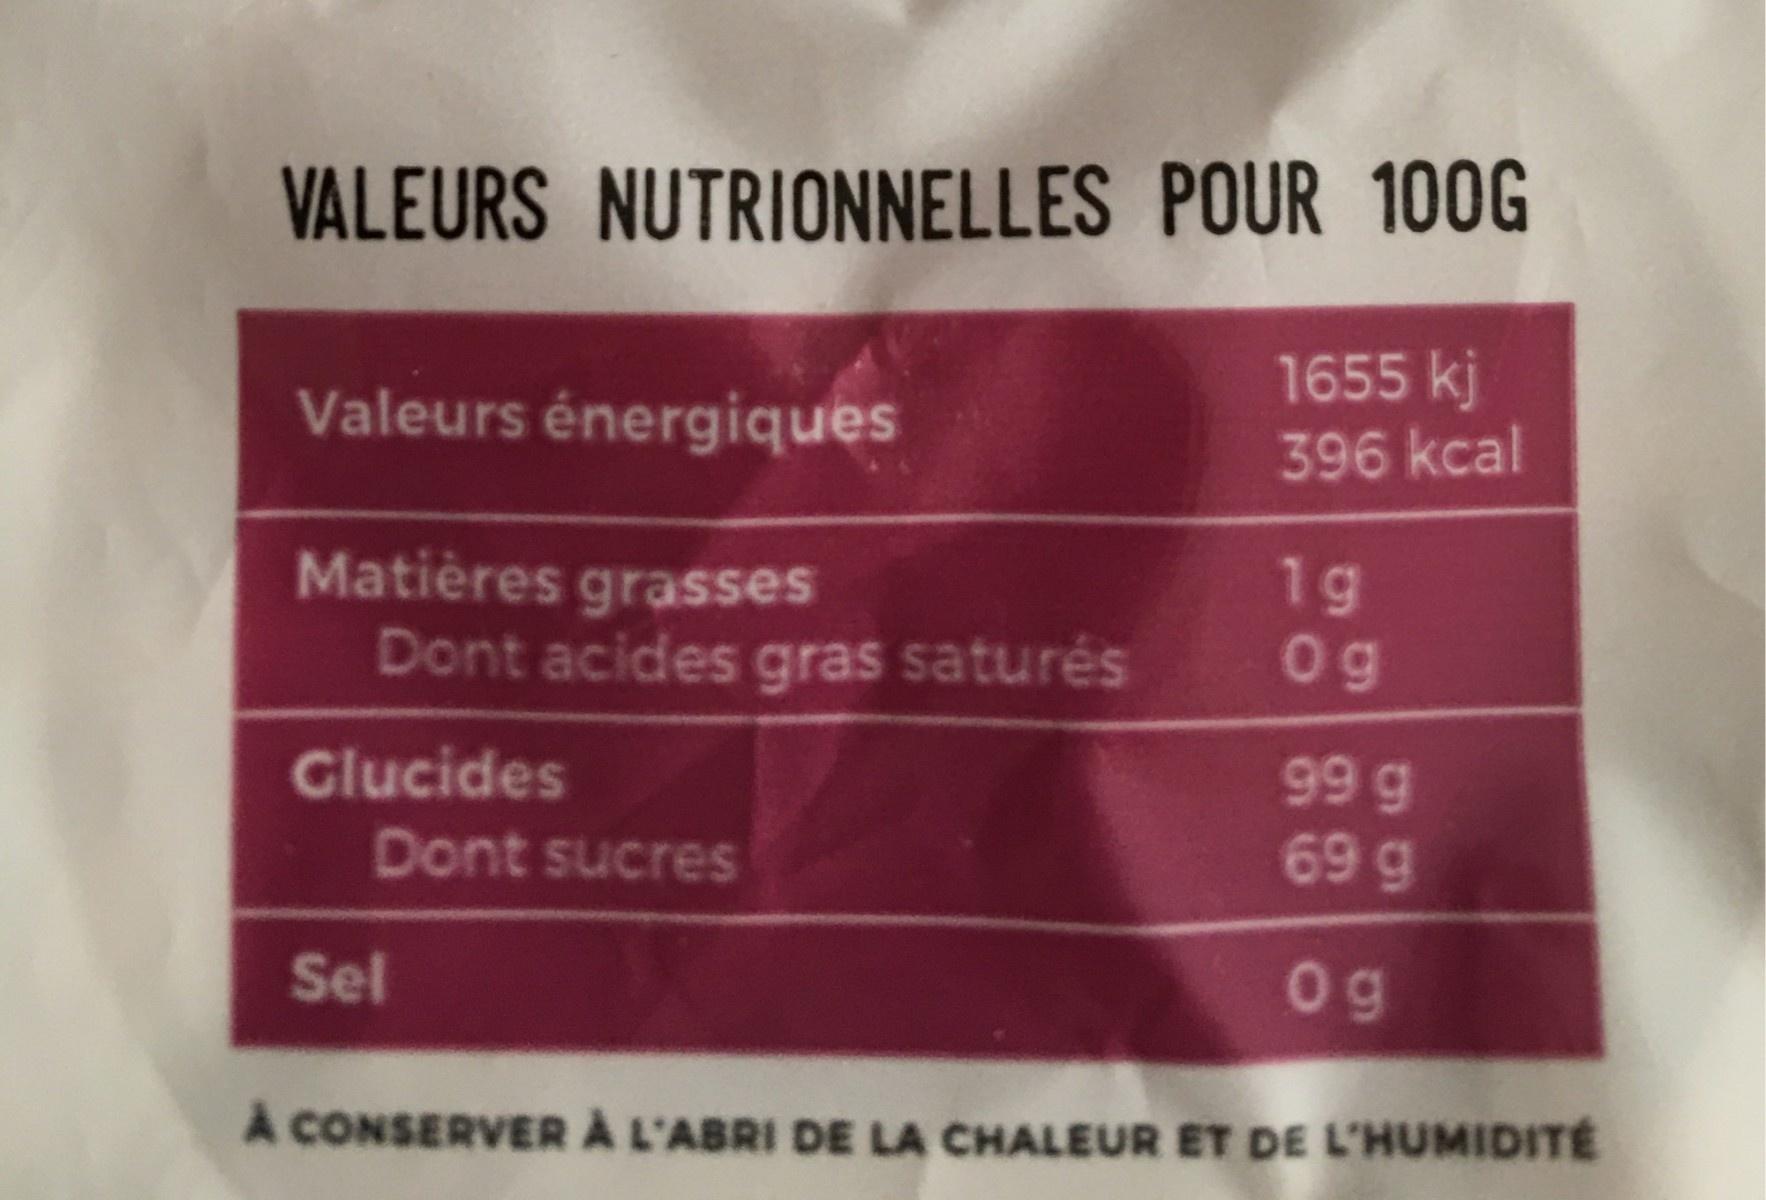
VALEURS NUTRIONNELLES POUR 100G 1655 kj 396 kcal Valeurs énergiques Matières grasses Dont acides gras saturés 1g Clucides Dont sucres 6 66 69 g Sel O g A CONSERVER A L'ABRI DE LA CHALEUR ET DE L'HUMIDITE